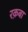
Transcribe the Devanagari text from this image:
रक़बा